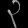
Digit: ၃